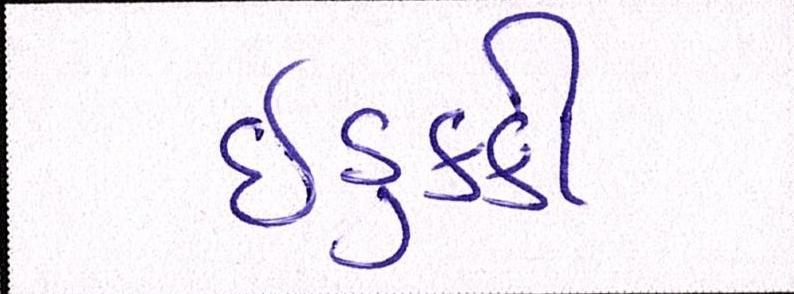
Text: ઈડુક્કી